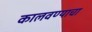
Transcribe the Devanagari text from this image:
कालवण्याचा